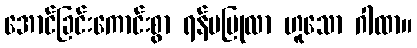
အောင်ခြင်းကောင်းစွာ ရန်မပြုလာ ဟူသော ဂါထာ။